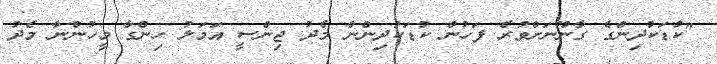
"ކުޑަކުދިންގެ ގާނޫނަށްވުރެ ފަހުން ކުޑަކުދިންނާ މެދު ޖިންސީ އަމަލު ހިންގާ މީހުންނާ މެދު